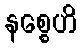
နစ္စေဟိ